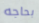
بحاجه